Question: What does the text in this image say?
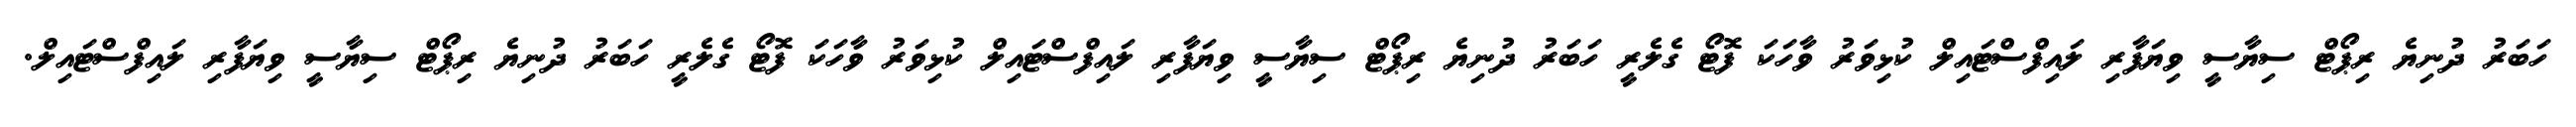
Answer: ހަބަރު ދުނިޔެ ރިޕޯޓް ސިޔާސީ ވިޔަފާރި ލައިފްސްޓައިލް ކުޅިވަރު ވާހަކަ ފޮޓޯ ގެލެރީ ހަބަރު ދުނިޔެ ރިޕޯޓް ސިޔާސީ ވިޔަފާރި ލައިފްސްޓައިލް ކުޅިވަރު ވާހަކަ ފޮޓޯ ގެލެރީ ހަބަރު ދުނިޔެ ރިޕޯޓް ސިޔާސީ ވިޔަފާރި ލައިފްސްޓައިލް.